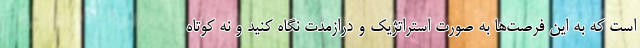
است که به این فرصت‌ها به صورت استراتژیک و درازمدت نگاه کنید و نه کوتاه